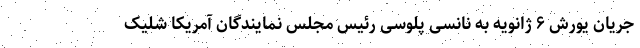
جریان یورش ۶ ژانویه به نانسی پلوسی رئیس مجلس نمایندگان آمریکا شلیک